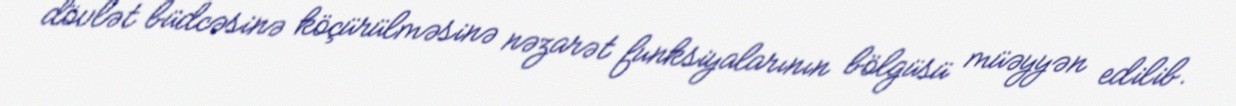
dövlət büdcəsinə köçürülməsinə nəzarət funksiyalarının bölgüsü müəyyən edilib.